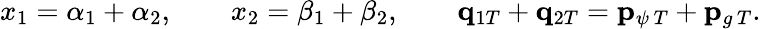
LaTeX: x_{1}=\alpha_{1}+\alpha_{2},\qquad x_{2}=\beta_{1}+\beta_{2},\qquad{\mathbf q}_{1T}+{\mathbf q}_{2T}={\mathbf p}_{\psi\, T}+{\mathbf p}_{g\, T}.